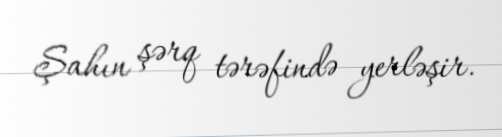
Şahın şərq tərəfində yerləşir.